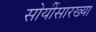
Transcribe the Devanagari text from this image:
सोयींसारख्या